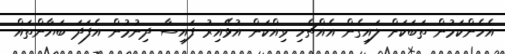
އެހެންކަމުން ތަބަކަށް ލައިގެން އެއްޗެހި ވިއްކަން އުޅޭއިރު ފައިސާ ދިނުމުން އެފަދަ ބަޔާންތައް